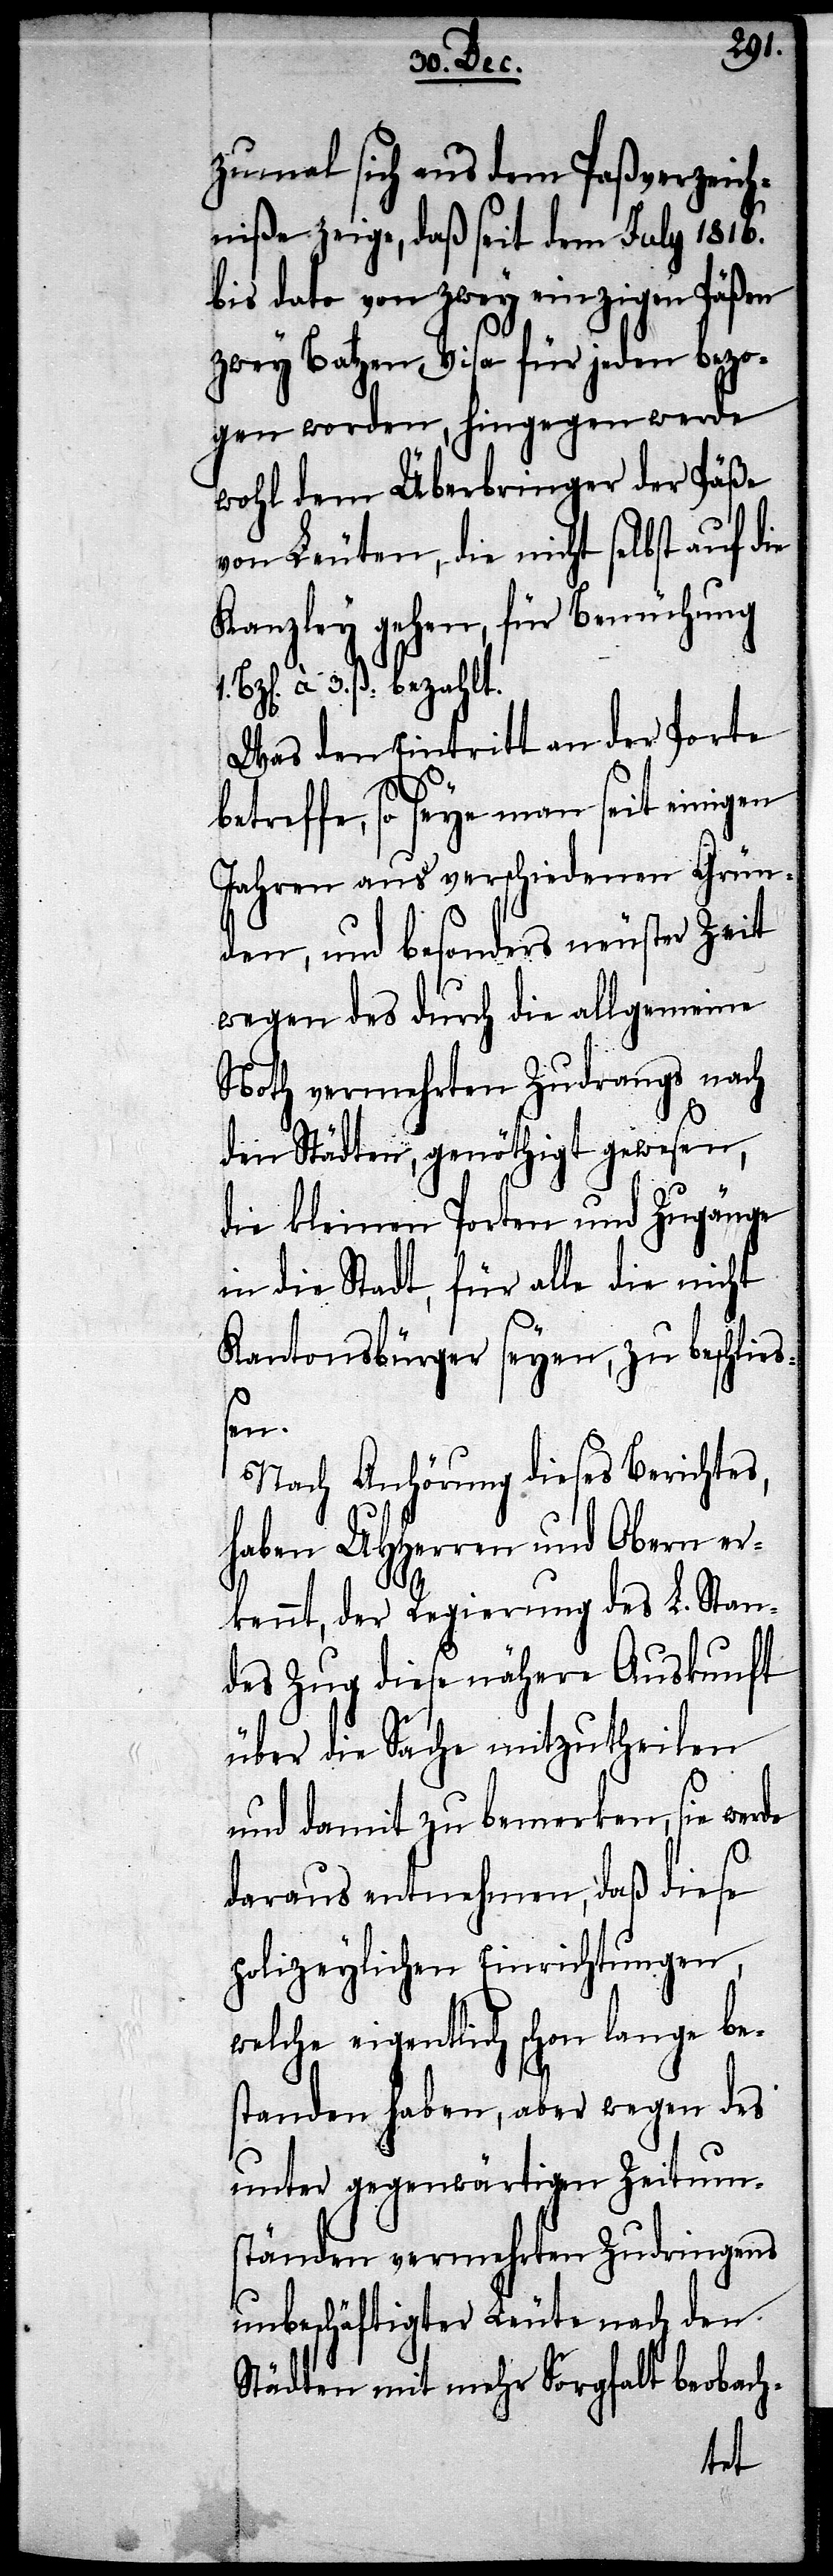
zumal sich aus dem Paßverzeich¬
niße zeige, daß seit dem July 1816.
bis dato von zwey einzigen Päßen
zwey Batzen Visas für jeden bezo¬
gen worden, hingegen werde
wohl dem Überbringer der Päße
von Leuten, die nicht selbst auf die
Kanzley gehen, für Bemühung
Bz[en]. à 3. ß. bezahlt.
Was den Eintritt an der Porte
betreffe, so seye man seit einigen
Jahren aus verschiedenen Grün¬
den, und besonders neuester Zeit
wegen des durch die allgemeine
Noth vermehrten Zudrangs nach
den Städten, genöthigt gewesen,
die kleinen Porten und Zugänge
in die Stadt, für alle die nicht
Kantonsbürger seyen, zu beschließ¬
en.
Nach Anhörung dieses Berichtes
haben UHHerren und Obern er¬
kennt, der Regierung des L. Stan¬
des Zug diese nähere Auskunft
über die Sache mitzutheilen
und damit zu bemerken, sie werde
daraus entnehmen, daß diese
polizeylichen Einrichtungen,
welche eigentlich schon lange be¬
standen haben, aber wegen des
unter gegenwärtigen Zeitum¬
ständen vermehrten Zudringens
unbeschäftigter Leute nach den
Städten mit mehr Sorgfalt beobach-